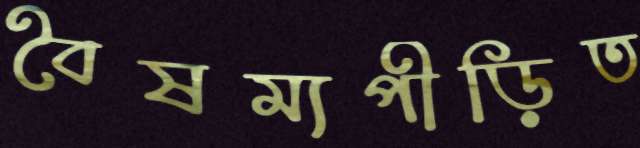
বৈষম্যপীড়িত